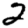
Digit: 2